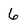
Character: 6